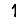
Digit: 1